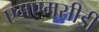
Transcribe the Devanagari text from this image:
एमएमसीडी